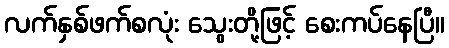
လက်နှစ်ဖက်စလုံး သွေးတို့ဖြင့် စေးကပ်နေပြီ။